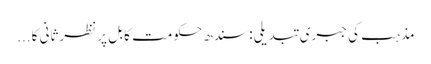
مذہب کی جبری تبدیلی: سندھ حکومت کا بل پر نظرثانی کا...